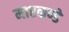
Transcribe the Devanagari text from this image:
मारकण्डे